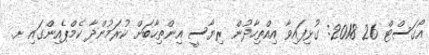
އޯގަސްޓް 26 2018: ގުޅިފައިވާ އިއްތިހާދުން ރިޔާސީ އިންތިހާބަށް ކުރަމުންދާާ ކެމްޕެއިންގައި ށ.